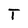
Character: T